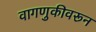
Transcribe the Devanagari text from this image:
वागणुकीवरून